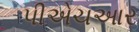
પીએચઆર